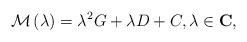
LaTeX: \begin{align*}\mathcal{M}\left(\lambda\right)=\lambda^2G+\lambda D+C,\lambda\in\mathbf{C},\end{align*}